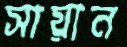
সায়ান